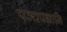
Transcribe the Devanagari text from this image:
पञ्चपद्यानि